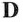
D